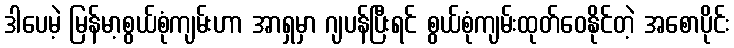
ဒါပေမဲ့ မြန်မာ့စွယ်စုံကျမ်းဟာ အာရှမှာ ဂျပန်ပြီးရင် စွယ်စုံကျမ်းထုတ်ဝေနိုင်တဲ့ အစောပိုင်း